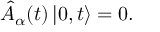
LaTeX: \hat { A } _ { \alpha } ( t ) \left| 0 , t \right> = 0 .